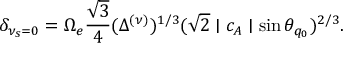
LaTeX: \delta _ { \nu _ { s } = 0 } = \Omega _ { e } \frac { \sqrt { 3 } } { 4 } ( \Delta ^ { ( \nu ) } ) ^ { 1 / 3 } ( \sqrt { 2 } \mid c _ { A } \mid \sin \theta _ { q _ { 0 } } ) ^ { 2 / 3 } .